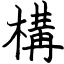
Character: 構